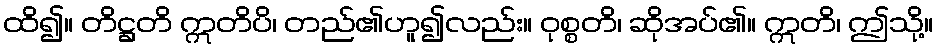
ထိ၍။ တိဋ္ဌတိ ဣတိပိ၊ တည်၏ဟူ၍လည်း။ ဝုစ္စတိ၊ ဆိုအပ်၏။ ဣတိ၊ ဤသို့။